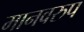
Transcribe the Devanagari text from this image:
मानवरुप